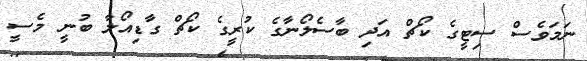
ނަމަވެސް ސިޓީގެ ކޯޗް އަދި ބާސެލޯނާގެ ކުރީގެ ކޯޗް ގާޑިއޯލާ ބުނީ މެސީ